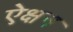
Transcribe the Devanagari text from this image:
ऐक्षन